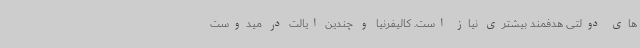
های دولتی هدفمند بیشتری نیاز است. کالیفرنیا و چندین ایالت در میدوست